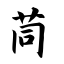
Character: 茼